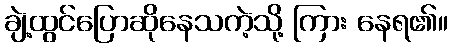
ချဲ့ထွင်ပြောဆိုနေသကဲ့သို့ ကြား နေရ၏။